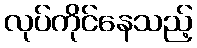
လုပ်ကိုင်နေသည့်